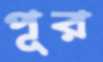
পূর